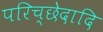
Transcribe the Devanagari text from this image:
परिच्छेदादि